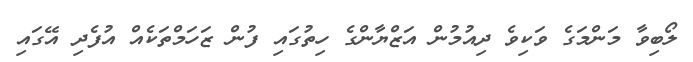
ލޯބިވާ މަންމަގެ ވަކިވެ ދިއުމުން އަޒްޔާންގެ ހިތުގައި ފުން ޒަހަމްތަކެއް އުފެދި އޭގައި